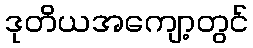
ဒုတိယအကျော့တွင်